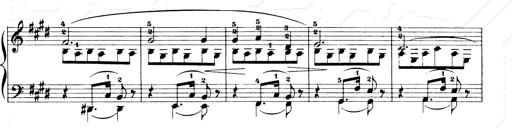
Title: Consolations and LiebestrÃ¤ume for the Piano
Composer: Franz Liszt